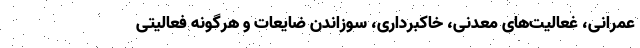
عمرانی، غعالیت‌های معدنی، خاکبرداری، سوزاندن ضایعات و هرگونه فعالیتی